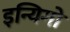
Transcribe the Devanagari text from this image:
इन्यिगो